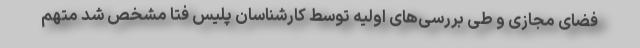
فضای مجازی و طی بررسی‌های اولیه توسط کارشناسان پلیس فتا مشخص شد متهم